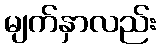
မျက်နှာလည်း